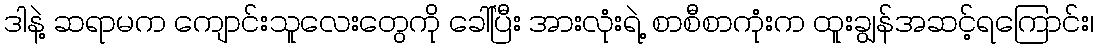
ဒါနဲ့ ဆရာမက ကျောင်းသူလေးတွေကို ခေါ်ပြီး အားလုံးရဲ့ စာစီစာကုံးက ထူးချွန်အဆင့်ရကြောင်း၊